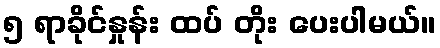
၅ ရာခိုင်နှုန်း ထပ် တိုး ပေးပါမယ်။